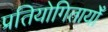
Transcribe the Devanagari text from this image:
प्रतियोगितायोँ